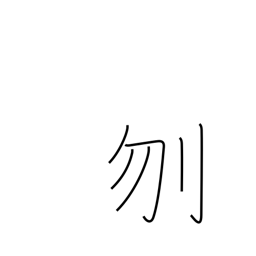
Meaning: decapitate